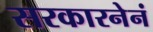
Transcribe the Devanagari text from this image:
सरकारनेनं